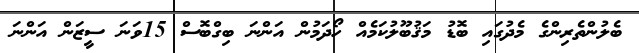
ބެލުންތެރިންގެ މެދުގައި ބޮޑު މަޤުބޫލުކަމެއް ހޯދަމުން އަންނަ ބިގްބޮސް 15ވަނަ ސީޒަން އަންނަ